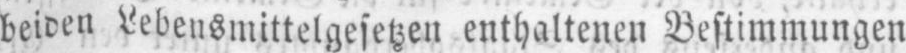
beiden Lebensmittelgesetzen enthaltenen Bestimmungen